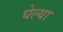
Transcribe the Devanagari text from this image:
घेल्या